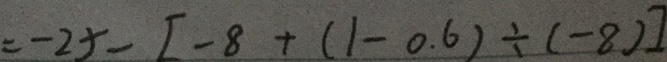
= - 2 5 - [ - 8 + ( 1 - 0 . 6 ) \div ( - 8 ) ]